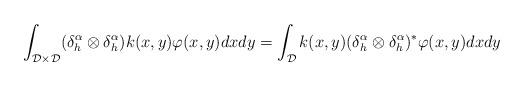
LaTeX: \begin{align*} \int_{\mathcal{D}\times\mathcal{D}}(\delta_h^{\alpha}\otimes \delta_h^{\alpha}) k(x,y)\varphi(x,y)dxdy = \int_{\mathcal{D}} k(x,y)(\delta_h^{\alpha}\otimes \delta_h^{\alpha})^*\varphi(x,y)dxdy\end{align*}